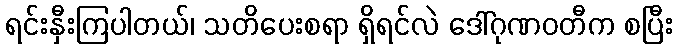
ရင်းနှီးကြပါတယ်၊ သတိပေးစရာ ရှိရင်လဲ ဒေါ်ဂုဏဝတီက စပြီး